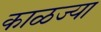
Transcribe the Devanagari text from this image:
काळज्या